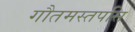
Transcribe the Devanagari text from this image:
गौतमस्तपसि